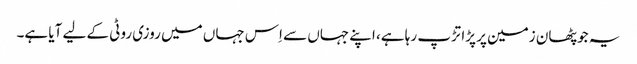
یہ جو پٹھان زمین پر پڑا تڑپ رہا ہے، اپنے جہاں سے اِس جہاں میں روزی روٹی کے لیے آیا ہے۔